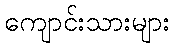
ကျောင်းသားများ